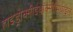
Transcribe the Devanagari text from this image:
हाइड्रोक्सीईथॉक्सीमिथाइल